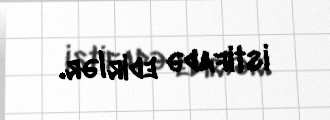
istifadə edirlər.